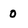
Character: 0